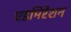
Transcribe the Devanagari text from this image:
एडमिरेशन